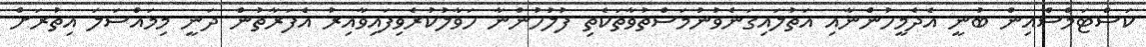
ކަސްޓަމްސްއިން ބުނީ އެދެމީހުންނާއި އަތުލައިގަނެވުނުމަސްތުވާތަކެތި ފުލުހުންނާ ހަވާލުކުރެވިފައިވާއިރު އެފަރާތުން ދަނީ މިމައްސަލަ އިތުރަށް